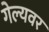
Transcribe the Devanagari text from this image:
गेल्यवर